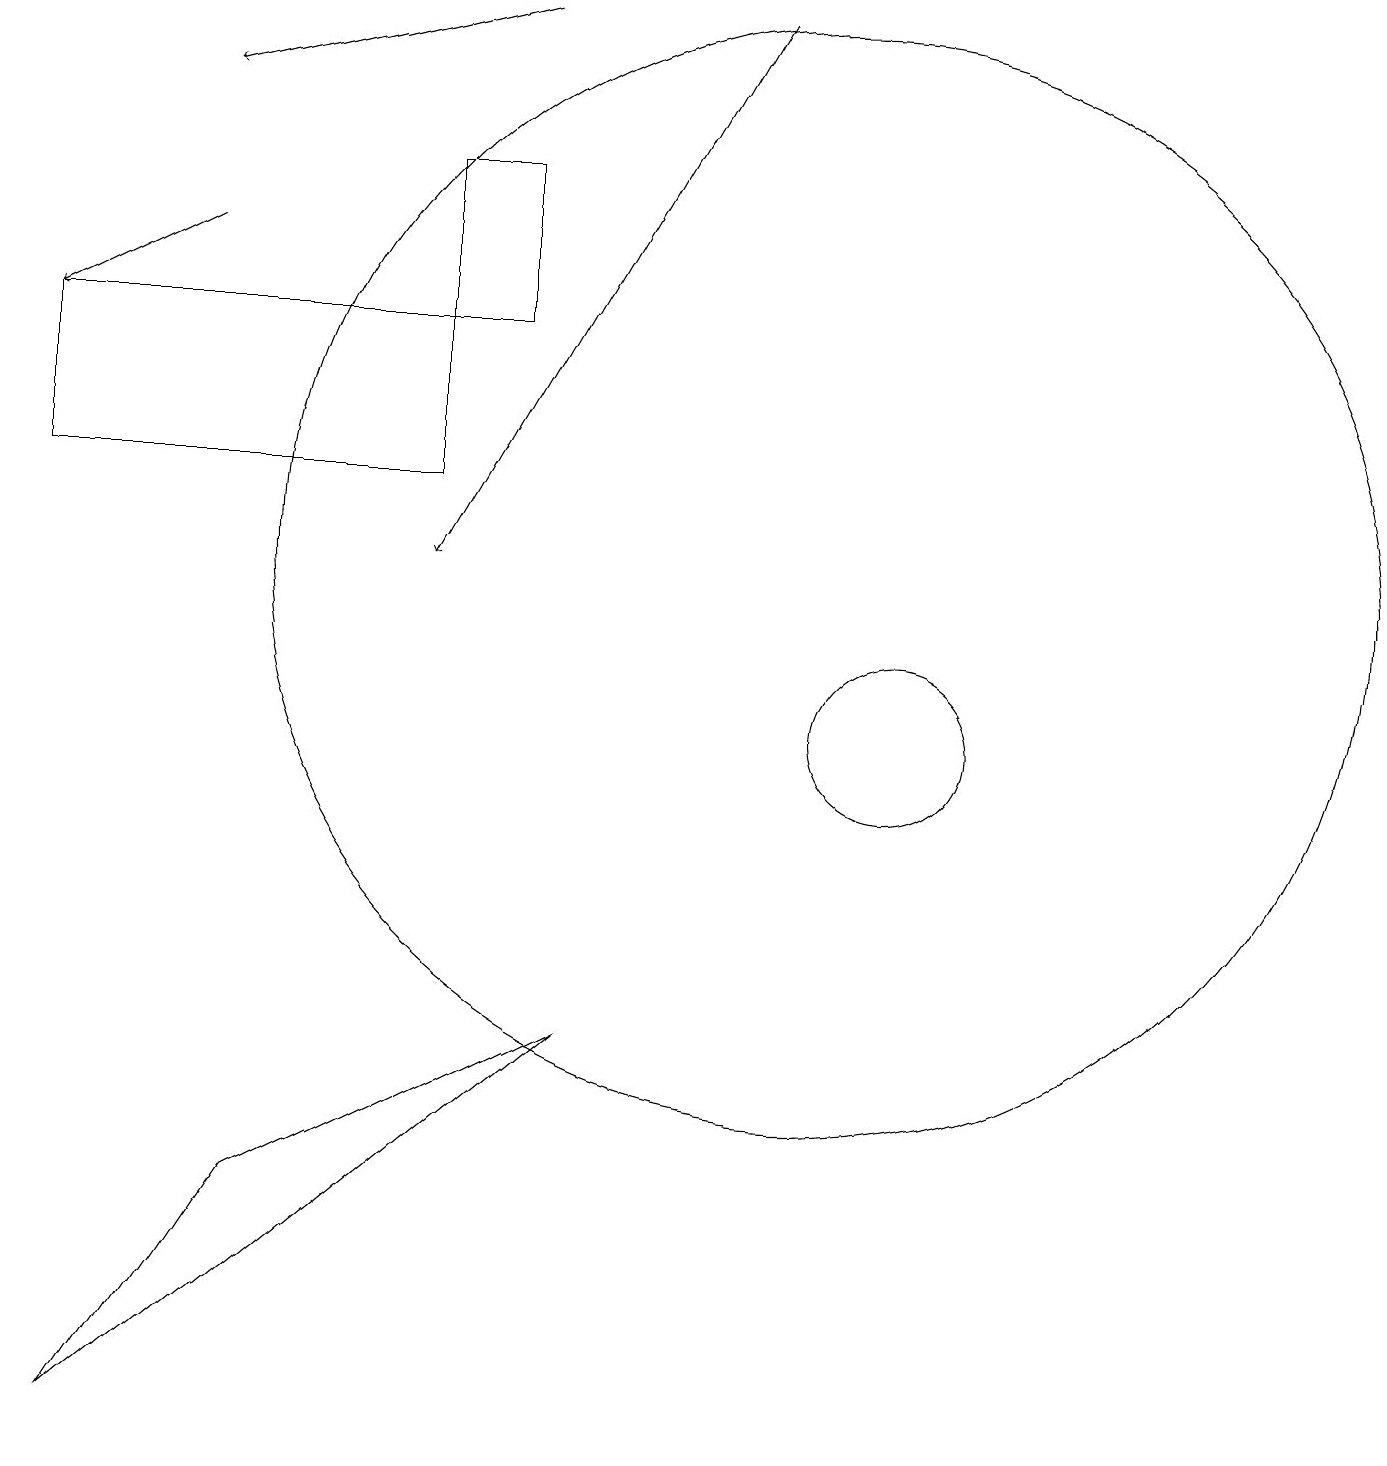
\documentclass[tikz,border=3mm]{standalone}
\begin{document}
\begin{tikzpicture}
\draw[->] (6,19) -- (2,18);
\draw (11,10) circle (1);
\draw (1,1) -- (7,6) -- (3,4) -- cycle;
\draw[->] (2,16) -- (0,15);
\draw (6,15) rectangle (5,17);
\draw (0,15) rectangle (5,13);
\draw[->] (9,19) -- (5,12);
\draw (10,12) circle (7);
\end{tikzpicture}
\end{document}